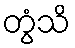
တွံသိ